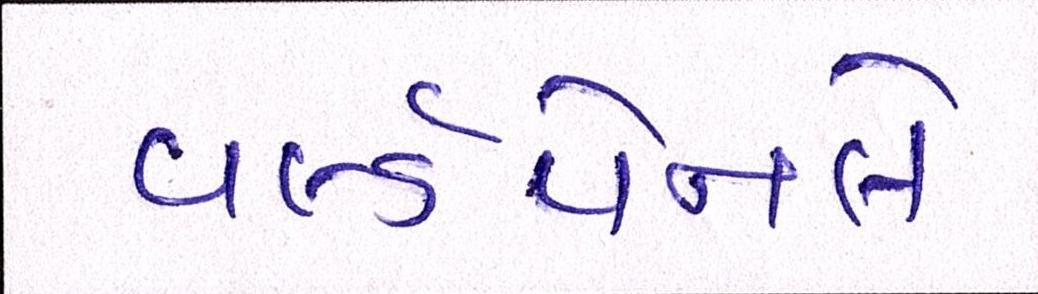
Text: વર્લ્ડપેનલે